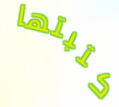
كتبتها